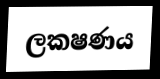
ලකෂණය